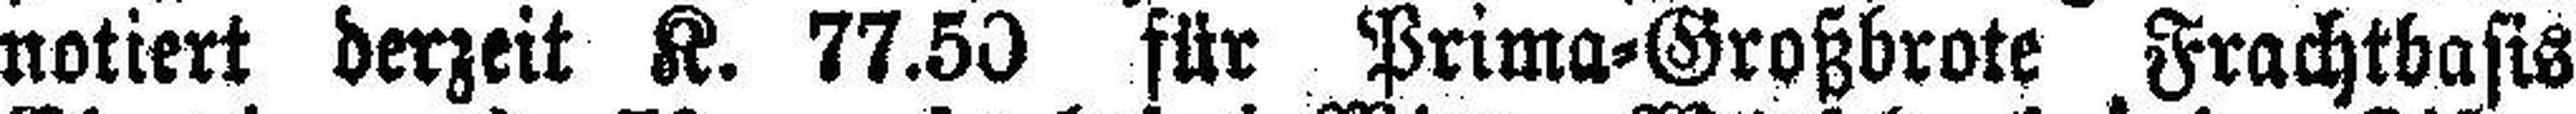
notiert derzeit K. 77.50 für Prima=Großbrote Frachtbasis